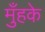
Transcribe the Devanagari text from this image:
मुँहके